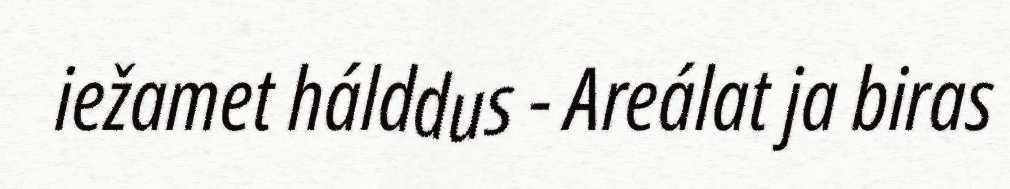
iežamet hálddus - Areálat ja biras